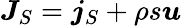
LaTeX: \boldsymbol{J}_{S}=\boldsymbol{j}_{S}+\rho s\boldsymbol{u}